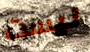
ليست